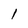
Character: l